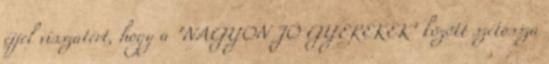
éjjel visszatért, hogy a "NAGYON JÓ GYEREKEK" között szétossza